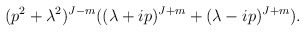
\begin{align*}(p^{2}+\lambda ^{2})^{J-m} ((\lambda +ip)^{J+m}+(\lambda -ip)^{J+m}) .\end{align*}